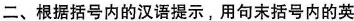
二、根据括号内的汉语提示,用句末括号内的英